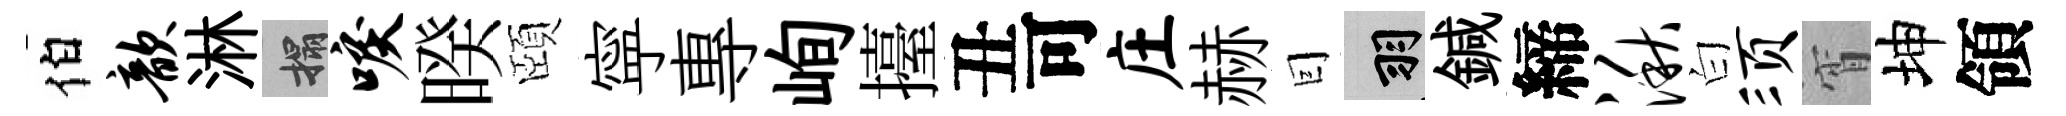
伯歆淋搨唳暌頤寜專峋擡丑可庄赫囙羽鍼締湫白须宵坤領